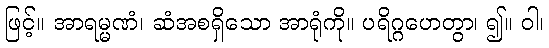
ဖြင့်။ အာရမ္မဏံ၊ ဆံအစရှိသော အာရုံကို။ ပရိဂ္ဂဟေတွာ၊ ၍။ ဝါ၊